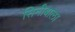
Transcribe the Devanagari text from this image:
सिनीबाला